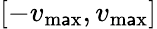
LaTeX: [-v_{\operatorname*{m\mathsf{a}x}},v_{\operatorname*{m\mathsf{a}x}}]